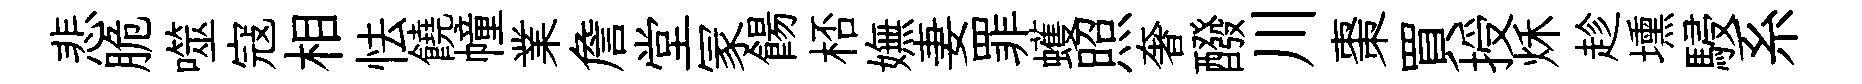
悲脆噬寇相怯饒幢業詹堂冡餳桮嫵妻罪蠖照奢醱川棗買授秌趁壎駸系